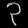
Digit: ၃